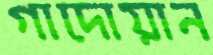
গাদোয়ান